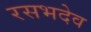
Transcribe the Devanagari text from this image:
रसभदेव